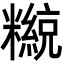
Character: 𥽄